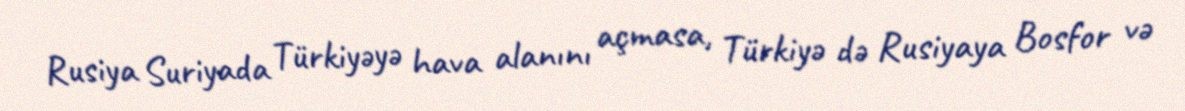
Rusiya Suriyada Türkiyəyə hava alanını açmasa, Türkiyə də Rusiyaya Bosfor və